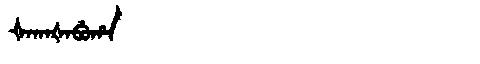
Manchu: ᡧᠠᡴᠠᡧᠠᠪᡠᡥᠠ
Romanization: ŠAKAŠABUHA